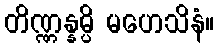
တိဏ္ဏန္နမ္ပိ မဟေသိနံ။